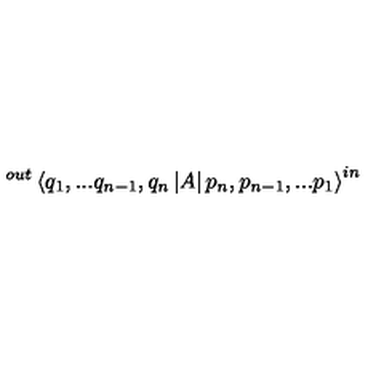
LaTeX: ^ { o u t } \left\langle q _ { 1 } , . . . q _ { n - 1 } , q _ { n } \left| A \right| p _ { n } , p _ { n - 1 } , . . . p _ { 1 } \right\rangle ^ { i n }